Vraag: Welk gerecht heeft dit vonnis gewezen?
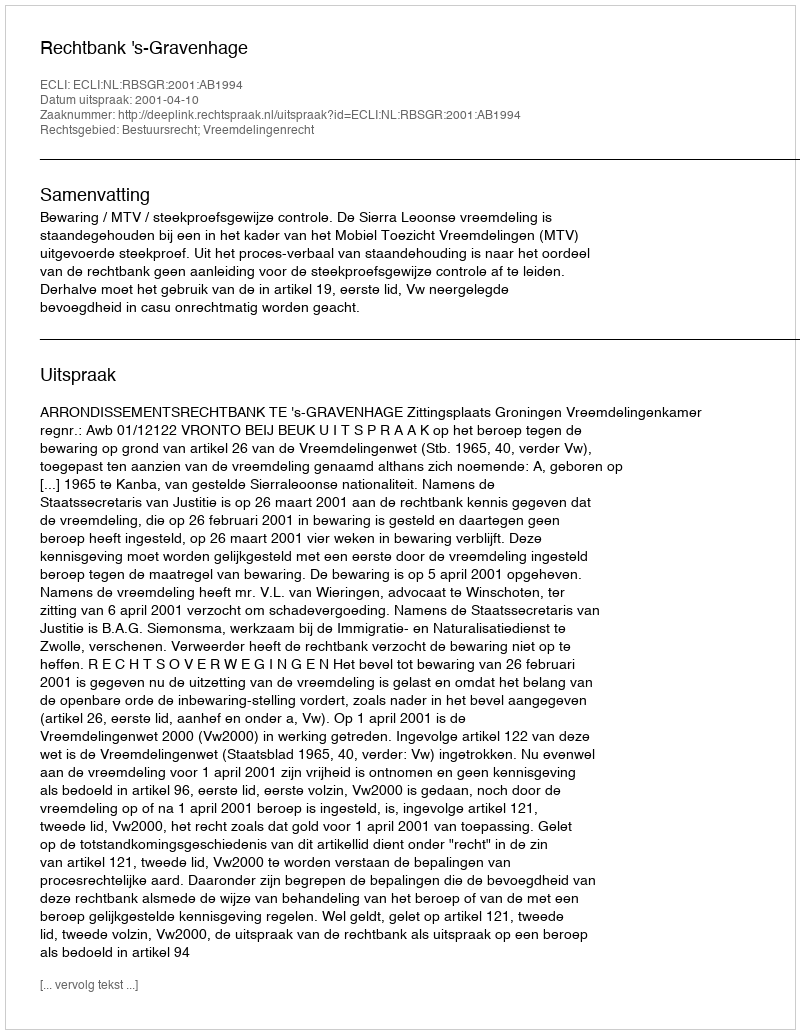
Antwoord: Rechtbank 's-Gravenhage